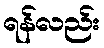
ရန်လည်း